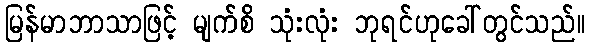
မြန်မာဘာသာဖြင့် မျက်စိ သုံးလုံး ဘုရင်ဟုခေါ်တွင်သည်။